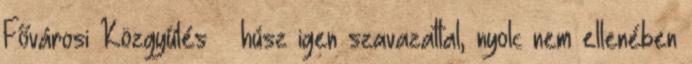
Fővárosi Közgyűlés – húsz igen szavazattal, nyolc nem ellenében